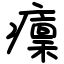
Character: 癛